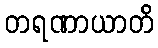
တရဏာယာတိ